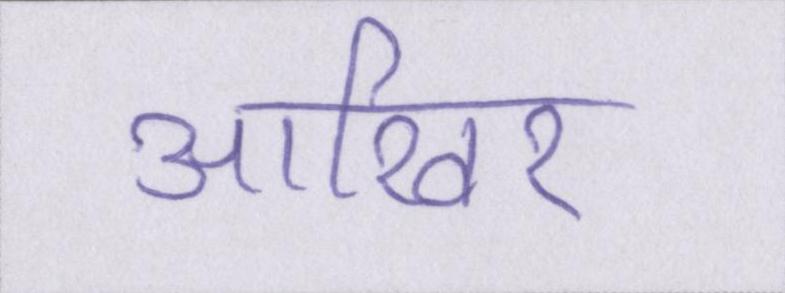
आखिर